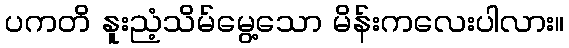
ပကတိ နူးညံ့သိမ်မွေ့သော မိန်းကလေးပါလား။